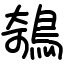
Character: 鵸